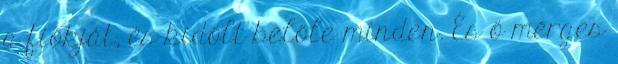
a fiókját, és kidőlt belőle minden. És ő mérges